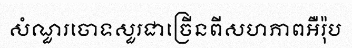
សំណួរចោទសួរជាច្រើនពីសហភាពអឺរ៉ុប